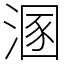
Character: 溷